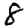
Digit: 8